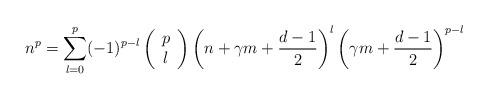
LaTeX: \begin{align*}n^p=\sum_{l=0}^p(-1)^{p-l}\left(\begin{array}{c}p\\l\\\end{array}\right)\left(n+\gamma m +{d-1 \over 2}\right)^l\left(\gamma m +{d-1 \over 2}\right)^{p-l}\end{align*}